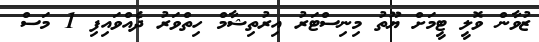
ޒުވާން ވޮލީ ޓީމަށް ޔޫތު މިނިސްޓަރު އިރުތިޝާމް ހިތްވަރު ދެއްވައިފި 1 މަސް